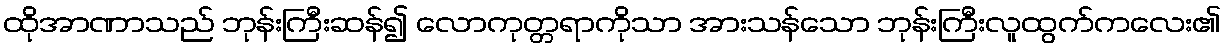
ထိုအာဏာသည် ဘုန်းကြီးဆန်၍ လောကုတ္တရာကိုသာ အားသန်သော ဘုန်းကြီးလူထွက်ကလေး၏